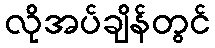
လိုအပ်ချိန်တွင်